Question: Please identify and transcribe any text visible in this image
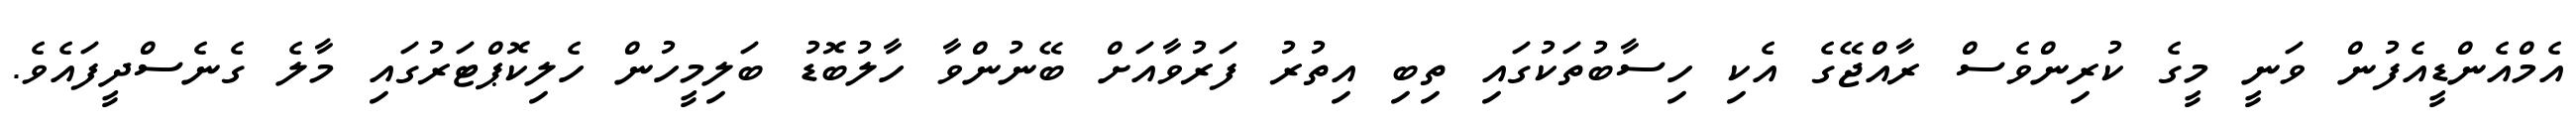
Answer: އެމްއެންޑީއެފުން ވަނީ މީގެ ކުރިންވެސް ރާއްޖޭގެ އެކި ހިސާބުތަކުގައި ތިބި އިތުރު ފަރުވާއަށް ބޭނުންވާ ހާލުބޮޑު ބަލިމީހުން ހެލިކޮޕްޓަރުގައި މާލެ ގެނެސްދީފައެވެ.